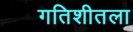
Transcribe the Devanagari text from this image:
गतिशीतला